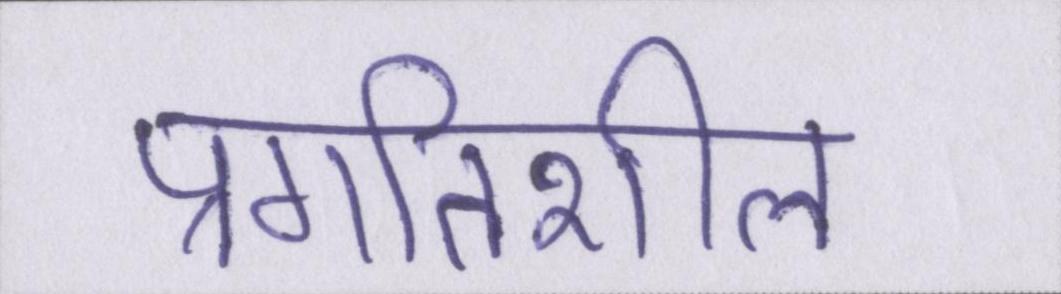
प्रगतिशील